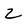
Character: 2